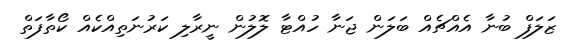
ޒަލަފް ބުނާ އެއްޗެއް ބަލަން ޖަނާ ހުއްޓާ ލޮލުން ނީރާލި ކަރުނަތިއްކެއް ކޯތާފަތް